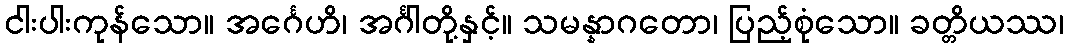
ငါးပါးကုန်သော။ အင်္ဂေဟိ၊ အင်္ဂါတို့နှင့်။ သမန္နာဂတော၊ ပြည့်စုံသော။ ခတ္တိယဿ၊